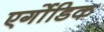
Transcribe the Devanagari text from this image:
एर्गोडिक